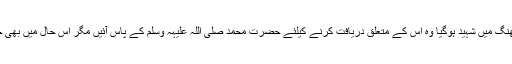
حضرت ام خلاد کا لڑکا ایک جھنگ میں شہید ہوگیا وہ اس کے متعلق دریافت کرنے کیلئے حضرت محمد صلی اللہ علیہہ وسلم کے پاس آئیں مگر اس حال میں بھی چہرے پر نقاب پڑی ہوئی تھی ۔